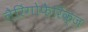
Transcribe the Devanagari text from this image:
लैरिंगोफ़ैरिंक्ज़